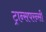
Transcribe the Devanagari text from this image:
ट्रान्सपरन्सी